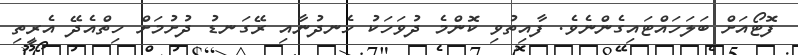
ފޮޓޯއަށް ބަލަހައްޓައިގެންނެވެ. ފާއިތުވި ކޮންމެ ދުވަހަކު ހެނދުނާއި ރޭގަނޑު ދުށުމަށް ހިތްއެދޭ އެރީތި